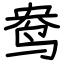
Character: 鸯